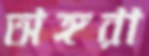
অঙ্গরা